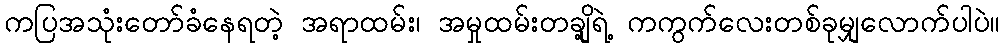
ကပြအသုံးတော်ခံနေရတဲ့ အရာထမ်း၊ အမှုထမ်းတချို့ရဲ့ ကကွက်လေးတစ်ခုမျှလောက်ပါပဲ။